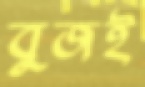
বুজই